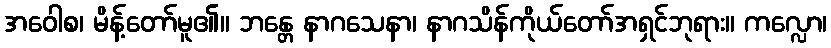
အဝေါစ၊ မိန့်တော်မူ၏။ ဘန္တေ နာဂသေနာ၊ နာဂသိန်ကိုယ်တော်အရှင်ဘုရား။ ကလ္လော၊